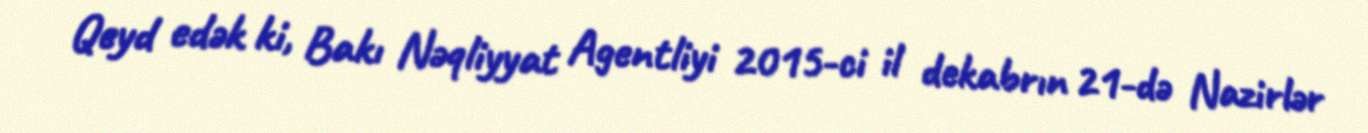
Qeyd edək ki, Bakı Nəqliyyat Agentliyi 2015-ci il dekabrın 21-də Nazirlər